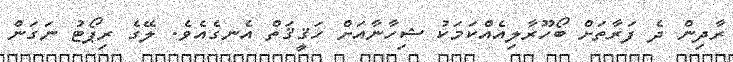
ރާދިން ދެ ފަރާތަށް ބޯހޫރާލިއެއްކަމަކު ޝިހާނާއަށް ހަޤީޤަތް އެނގެއެވެ. ލޭގެ ރިޕޯޓު ނަގަން